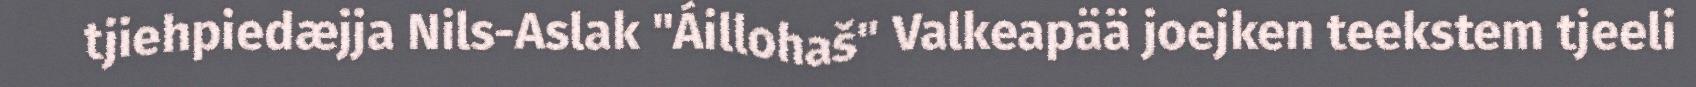
tjiehpiedæjja Nils-Aslak "Áillohaš" Valkeapää joejken teekstem tjeeli